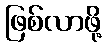
ဖြစ်လာဖို့